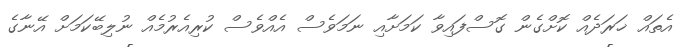
އެތައް ޚަރަދެއް ކޮށްގެން ގޮސްފައިވާ ކަމަށާއި ނަމަވެސް އެއްވެސް ކުރިއެރުމެއް ނުލިބޭކަމަށް އޭނާގެ